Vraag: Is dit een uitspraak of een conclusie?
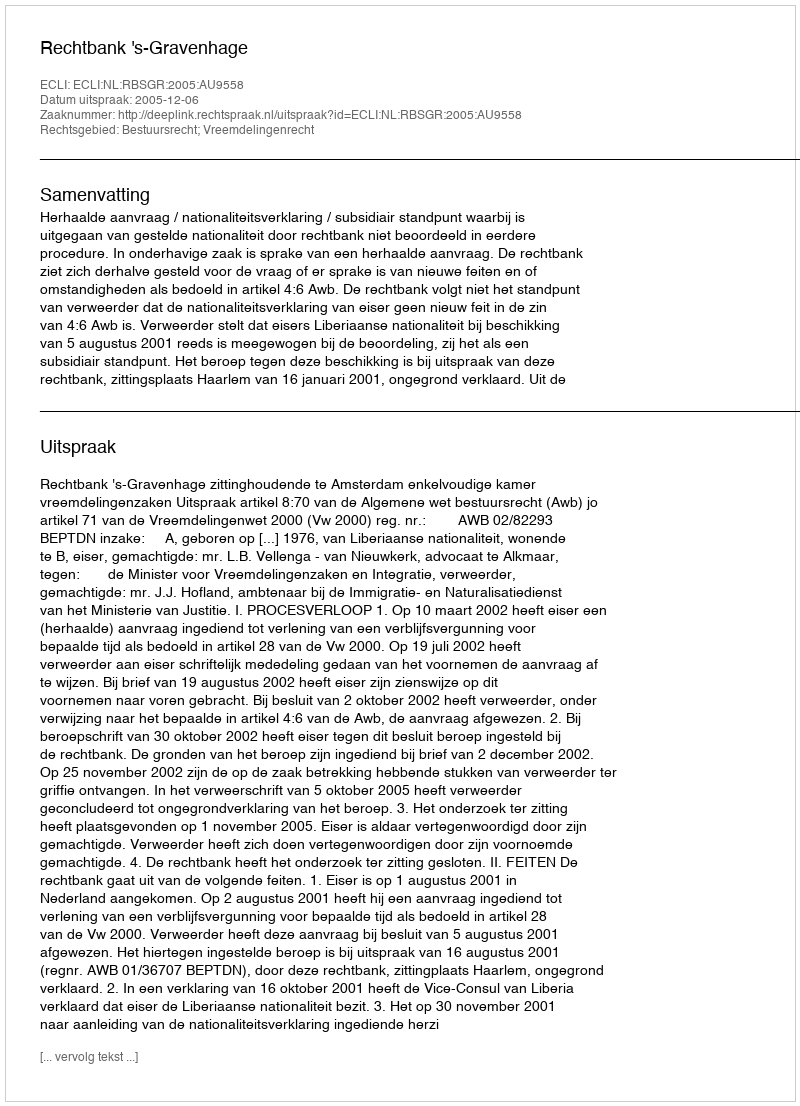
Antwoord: Uitspraak